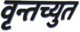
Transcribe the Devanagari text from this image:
वृन्तच्युत